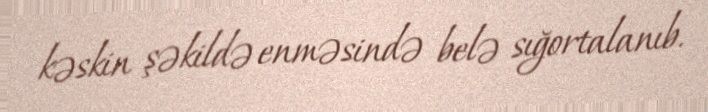
kəskin şəkildə enməsində belə sığortalanıb.